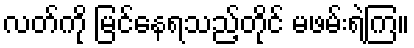
လတ်ကို မြင်နေရသည့်တိုင် မဖမ်းရဲကြ။